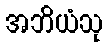
အဘိယံသု